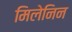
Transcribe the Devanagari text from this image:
मिलेनिन